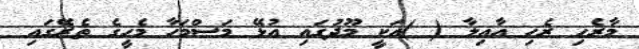
މާރެހި ރެހި އާއިލާ ( )އަކީ މޫދުގައި އުޅޭ މަސްމަހާ މެހީގެ ތެރޭގައި